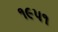
૧૯પ૧